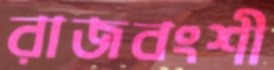
রাজবংশী